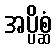
အပ္ပိစ္ဆံ